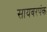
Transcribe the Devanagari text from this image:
सायबरपंक